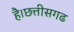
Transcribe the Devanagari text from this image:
है।छत्तीसगढ